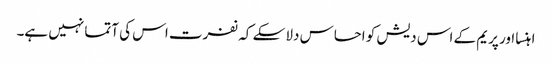
اہنسا اور پریم کے اس دیش کو احساس دلا سکے کہ نفرت اس کی آتما نہیں ہے۔